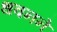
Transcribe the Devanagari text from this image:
धवनने